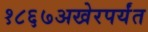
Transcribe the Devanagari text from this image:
१८६७अखेरपर्यंत